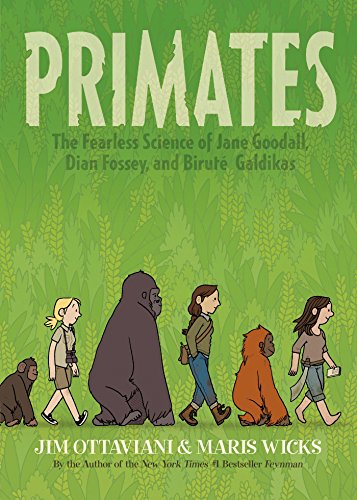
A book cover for Primates: The Fearless Science of Jane Goodall, Dian Fossey, and BirutÃ© Galdikas; Jim Ottaviani; Teen & Young Adult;